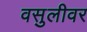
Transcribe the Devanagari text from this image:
वसुलीवर